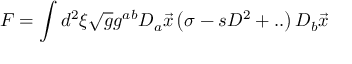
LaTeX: F = \int d ^ { 2 } \xi \sqrt { g } g ^ { a b } D _ { a } \vec { x } \left( \sigma - s D ^ { 2 } + . . \right) D _ { b } \vec { x }